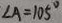
\angle A = 1 0 5 ^ { \circ }